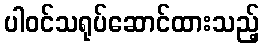
ပါဝင်သရုပ်ဆောင်ထားသည့်